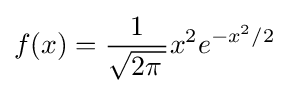
f(x)={1 \over {\sqrt {2\pi \,}}}x^{2}e^{-x^{2}/2}